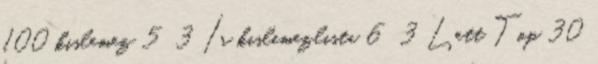
100 kislemez 5 3 Ír kislemezlista 6 3 Lett Top 30